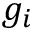
g _ { i }